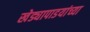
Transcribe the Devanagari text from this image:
खेड्यापाडयांच्या